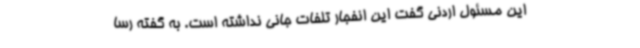
این مسئول اردنی گفت این انفجار تلفات جانی نداشته است. به گفته رسا